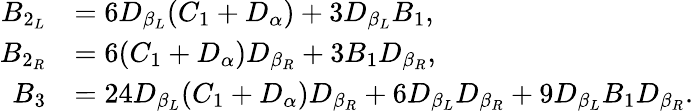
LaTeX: \begin{array}{rl}{B_{2_{L}}}&{=6D_{\beta_{L}}(C_{1}+D_{\alpha})+3D_{\beta_{L}}B_{1}\mathrm{,}}\\ {B_{2_{R}}}&{=6(C_{1}+D_{\alpha})D_{\beta_{R}}+3B_{1}D_{\beta_{R}}\mathrm{,}}\\ {B_{3}}&{=24D_{\beta_{L}}(C_{1}+D_{\alpha})D_{\beta_{R}}+6D_{\beta_{L}}D_{\beta_{R}}+9D_{\beta_{L}}B_{1}D_{\beta_{R}}\mathrm{.}}\end{array}